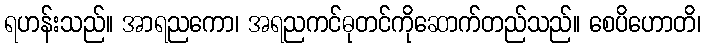
ရဟန်းသည်။ အာရညကော၊ အရညကင်ဓုတင်ကိုဆောက်တည်သည်။ စေပိဟောတိ၊